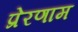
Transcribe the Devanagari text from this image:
प्रेरणाम